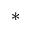
\ast